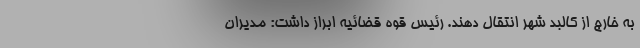
به خارج از کالبد شهر انتقال دهند. رئیس قوه قضائیه ابراز داشت: مدیران